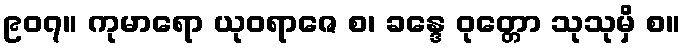
၉၀၇။ ကုမာရော ယုဝရာဇေ စ၊ ခန္ဒေ ဝုတ္တော သုသုမှိ စ။